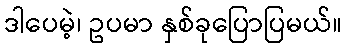
ဒါပေမဲ့၊ ဥပမာ နှစ်ခုပြောပြမယ်။